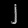
Digit: ၂